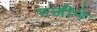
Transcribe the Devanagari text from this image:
गजीने